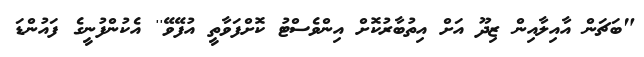
"ބަޗަން އާއިލާއިން ޒިދޫ އަށް އިތުބާރުކޮށް އިންވެސްޓު ކޮށްފަވާތީ އުފޭވޭ'' އެކުންފުނީގެ ފައުންޑަ